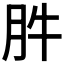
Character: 𰮊